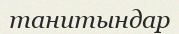
танитындар